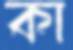
কা